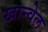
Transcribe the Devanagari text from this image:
खान्वेल